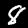
Label: 8